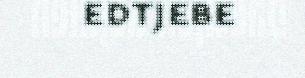
edtjebe